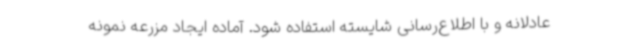
عادلانه و با اطلاع‌رسانی شایسته استفاده شود. آماده ایجاد مزرعه نمونه